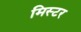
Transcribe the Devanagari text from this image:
मिस्‍टर